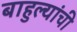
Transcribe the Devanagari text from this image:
बाहुल्यांची